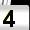
Digit: 4